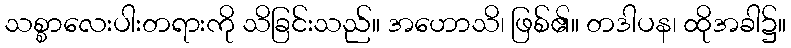
သစ္စာလေးပါးတရားကို သိခြင်းသည်။ အဟောသိ၊ ဖြစ်၏။ တဒါပန၊ ထိုအခါ၌။